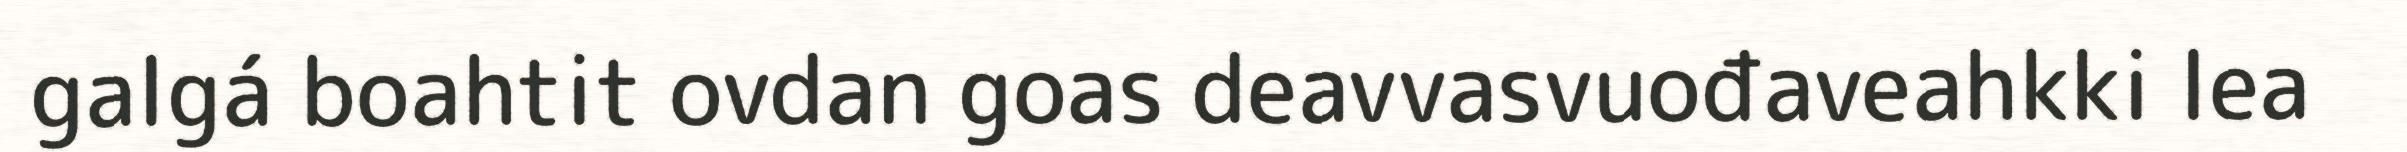
galgá boahtit ovdan goas deavvasvuođaveahkki lea